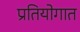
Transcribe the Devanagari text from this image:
प्रतियोगात